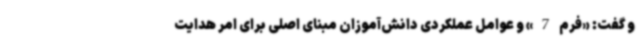
و گفت: «فرم 7» و عوامل عملکردی دانش‌آموزان مبنای اصلی برای امر هدایت